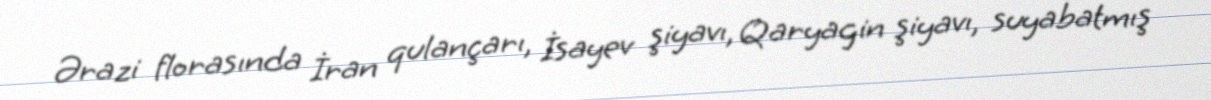
Ərazi florasında İran qulançarı, İsayev şiyavı, Qaryagin şiyavı, suyabatmış